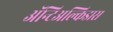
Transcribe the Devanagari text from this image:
अॅन्टिअल्किडास